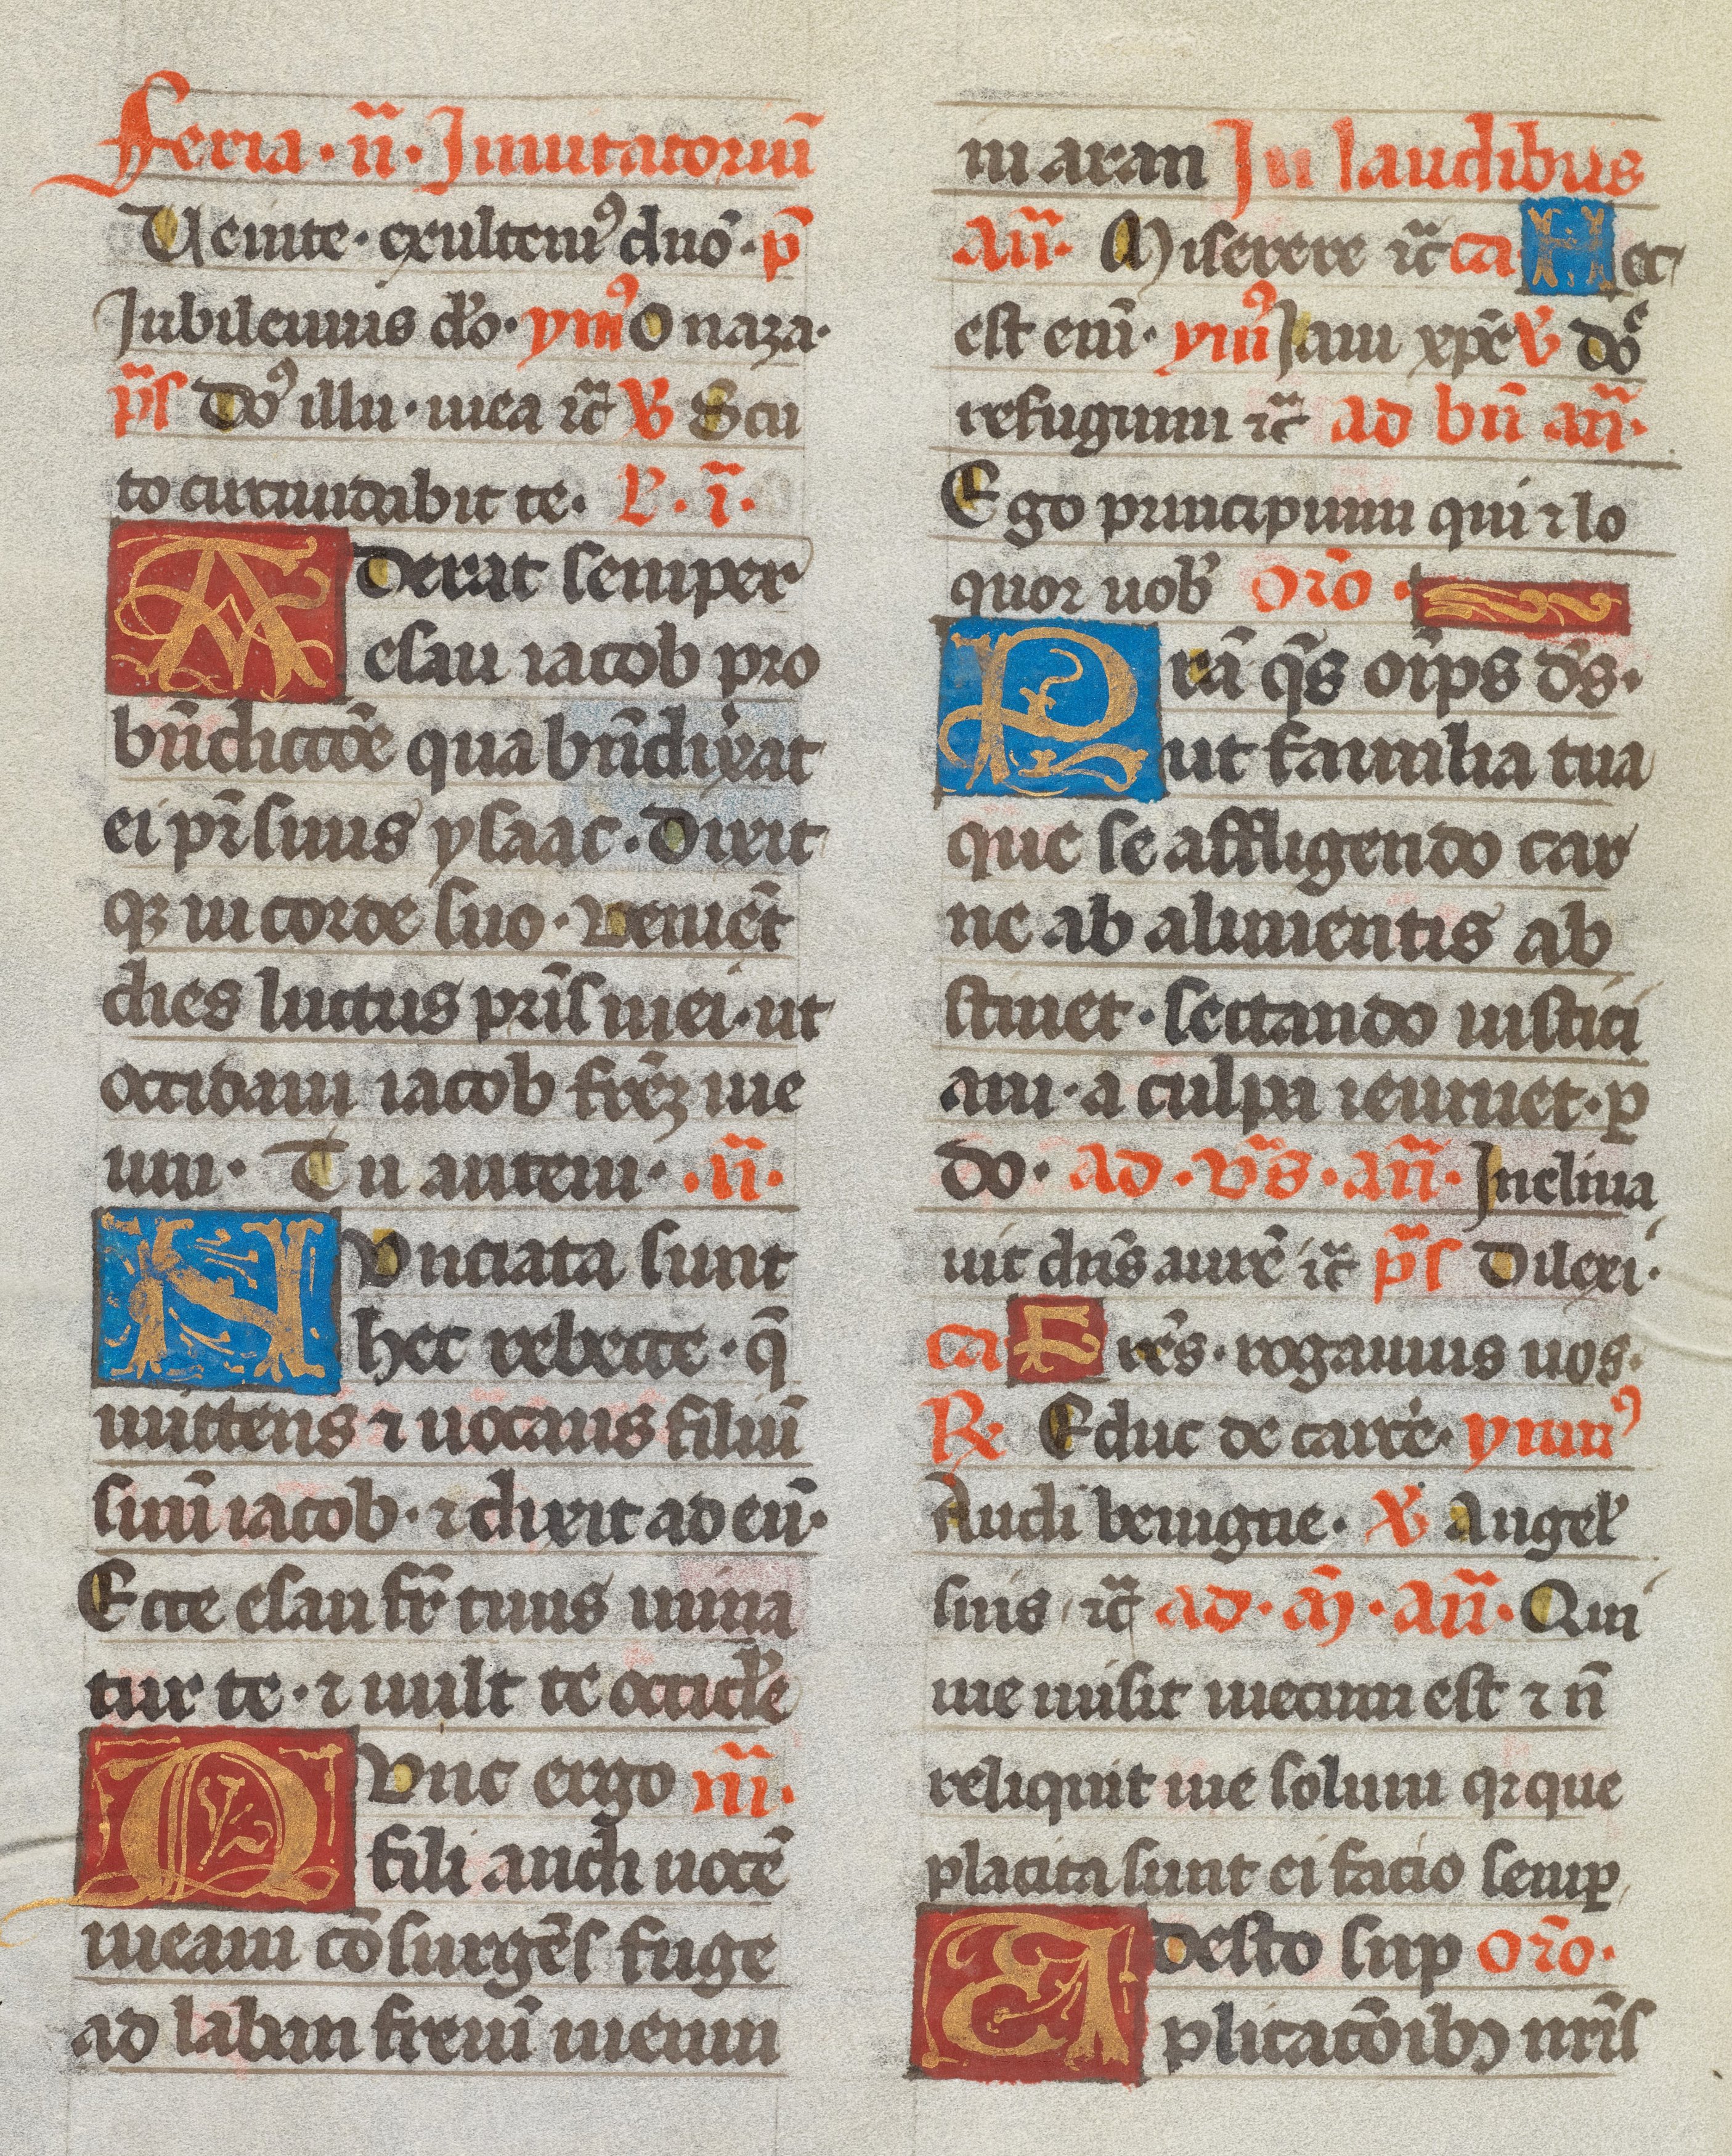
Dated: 1493–1493